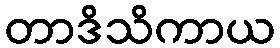
တာဒိသိကာယ